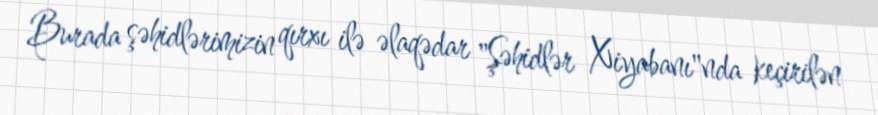
Burada şəhidlərimizin qırxı ilə əlaqədar "Şəhidlər Xiyabanı"nda keçirilən